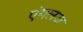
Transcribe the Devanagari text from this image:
एंगलज़